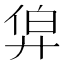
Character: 𢍑